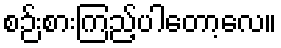
စဉ်းစားကြည့်ပါတော့လေ။